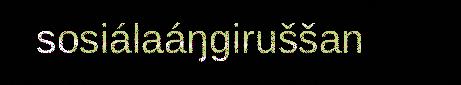
sosiálaáŋgiruššan